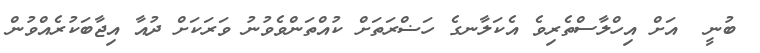
ބުނީ  އަށް އިހްލާސްތެރިވެ އެކަލާނގެ ހަޟްރަތަށް ކުއްތަންވެވުނު ވަރަކަށް ދުއާ އިޖާބަކުރެއްވުން